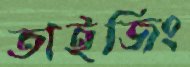
তাইজিং